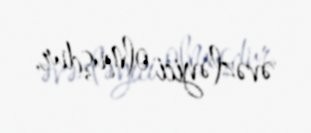
əvəzləyici olmuşdur.